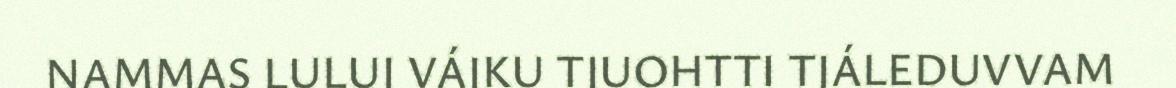
NAMMAS LULUJ VÁJKU TJUOHTTI TJÁLEDUVVAM